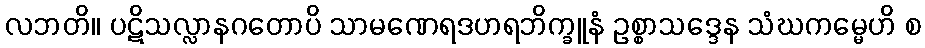
လဘတိ။ ပဋိသလ္လာနဂတောပိ သာမဏေရဒဟရဘိက္ခူနံ ဥစ္စာသဒ္ဒေန သံဃကမ္မေဟိ စ